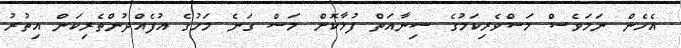
އެހެން ނަމަވެސް މަސްވެރިކަމުގެ ސިނާއަތް ފުޅާކޮށް މަސް ގަނެ މަހުގެ އުފެއްދުންތެރިކަން އިތުރު